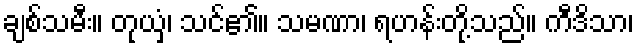
ချစ်သမီး။ တုယှံ၊ သင်၏။ သမဏာ၊ ရဟန်းတို့သည်။ ကီဒိသာ၊